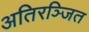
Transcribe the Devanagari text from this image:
अतिरञ्जित